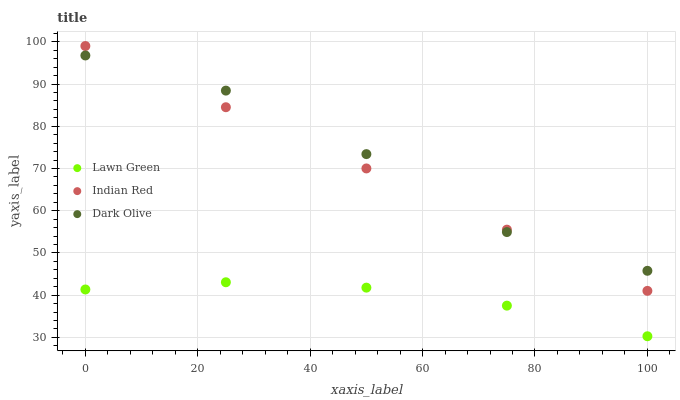
| xaxis_label | Lawn Green | Indian Red | Dark Olive |
 | --- | --- | --- | --- |
 | 0 | 41.3 | 99 | 96.8 |
 | 25 | 43.1 | 84.5 | 88.4 |
 | 50 | 41.8 | 70 | 73.4 |
 | 75 | 37.5 | 55.5 | 54.9 |
 | 100 | 30.3 | 41 | 45.8 |